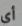
أي